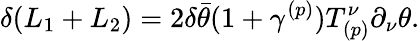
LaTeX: \delta(L_{1}+L_{2})=2\delta\bar{\theta}(1+\gamma^{(p)})T_{(p)}^{\nu}\partial_{\nu}\theta.